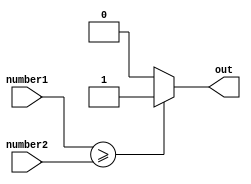
module greater_than_eq_comparator(
    input [31:0] number1,
    input [31:0] number2,
    output reg out
);
  
always @(*) begin
    if (number1 >= number2) begin
        out <= 1; // number1 is greater than or equal to number2
    end else begin
        out <= 0; // number1 is less than number2
    end
end

endmodule